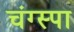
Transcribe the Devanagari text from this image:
चंग्स्पा